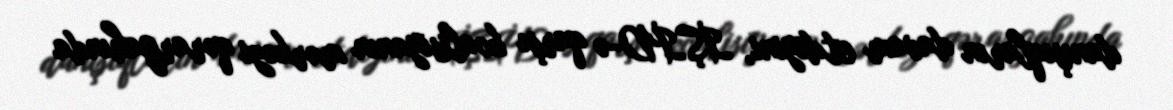
danışıqların davam etdiyini, İŞİD-ə qarşı koalisiyanın mərkəzi qərargahında